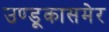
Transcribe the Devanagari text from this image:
उण्डूकासमेर